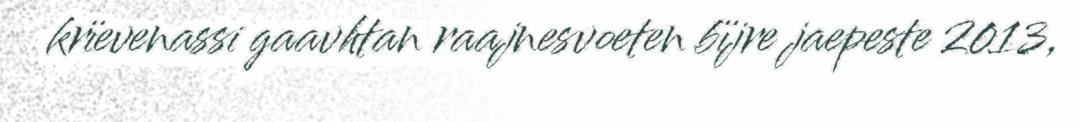
krïevenassi gaavhtan raajnesvoeten bïjre jaepeste 2013,